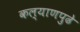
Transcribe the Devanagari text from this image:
कल्याणपुढे